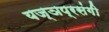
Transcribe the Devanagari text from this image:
यज्ञप्रसंगी